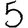
Digit: 5